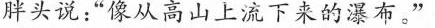
胖头说：”像从高山上流下来的瀑布。”